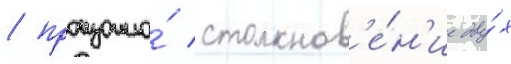
/ произошло́ столкнов'е́н'ие дву́х